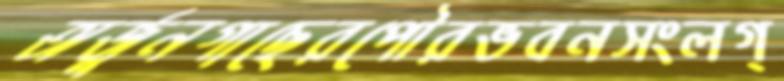
অর্জুনগাছেরপৌরভবনসংলগ্